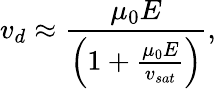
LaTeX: {v_{d}}\approx\frac{\mu_{0}E}{\left(1+\frac{\mu_{0}E}{v_{sat}}\right)},